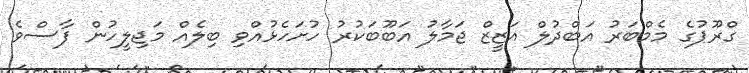
ގްރޫޕުގެ މެމްބަރު އަބްދުލް އަޒީޒް ޖަމާލު އަބޫބަކުރު ހުށަހެޅުއްވި ބިލެއް މަޖިލީހުން ފާސްވެ